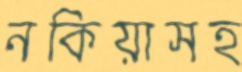
নকিয়াসহ